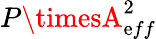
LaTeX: P\timesA_{\mathrm{e}ff}^{2}